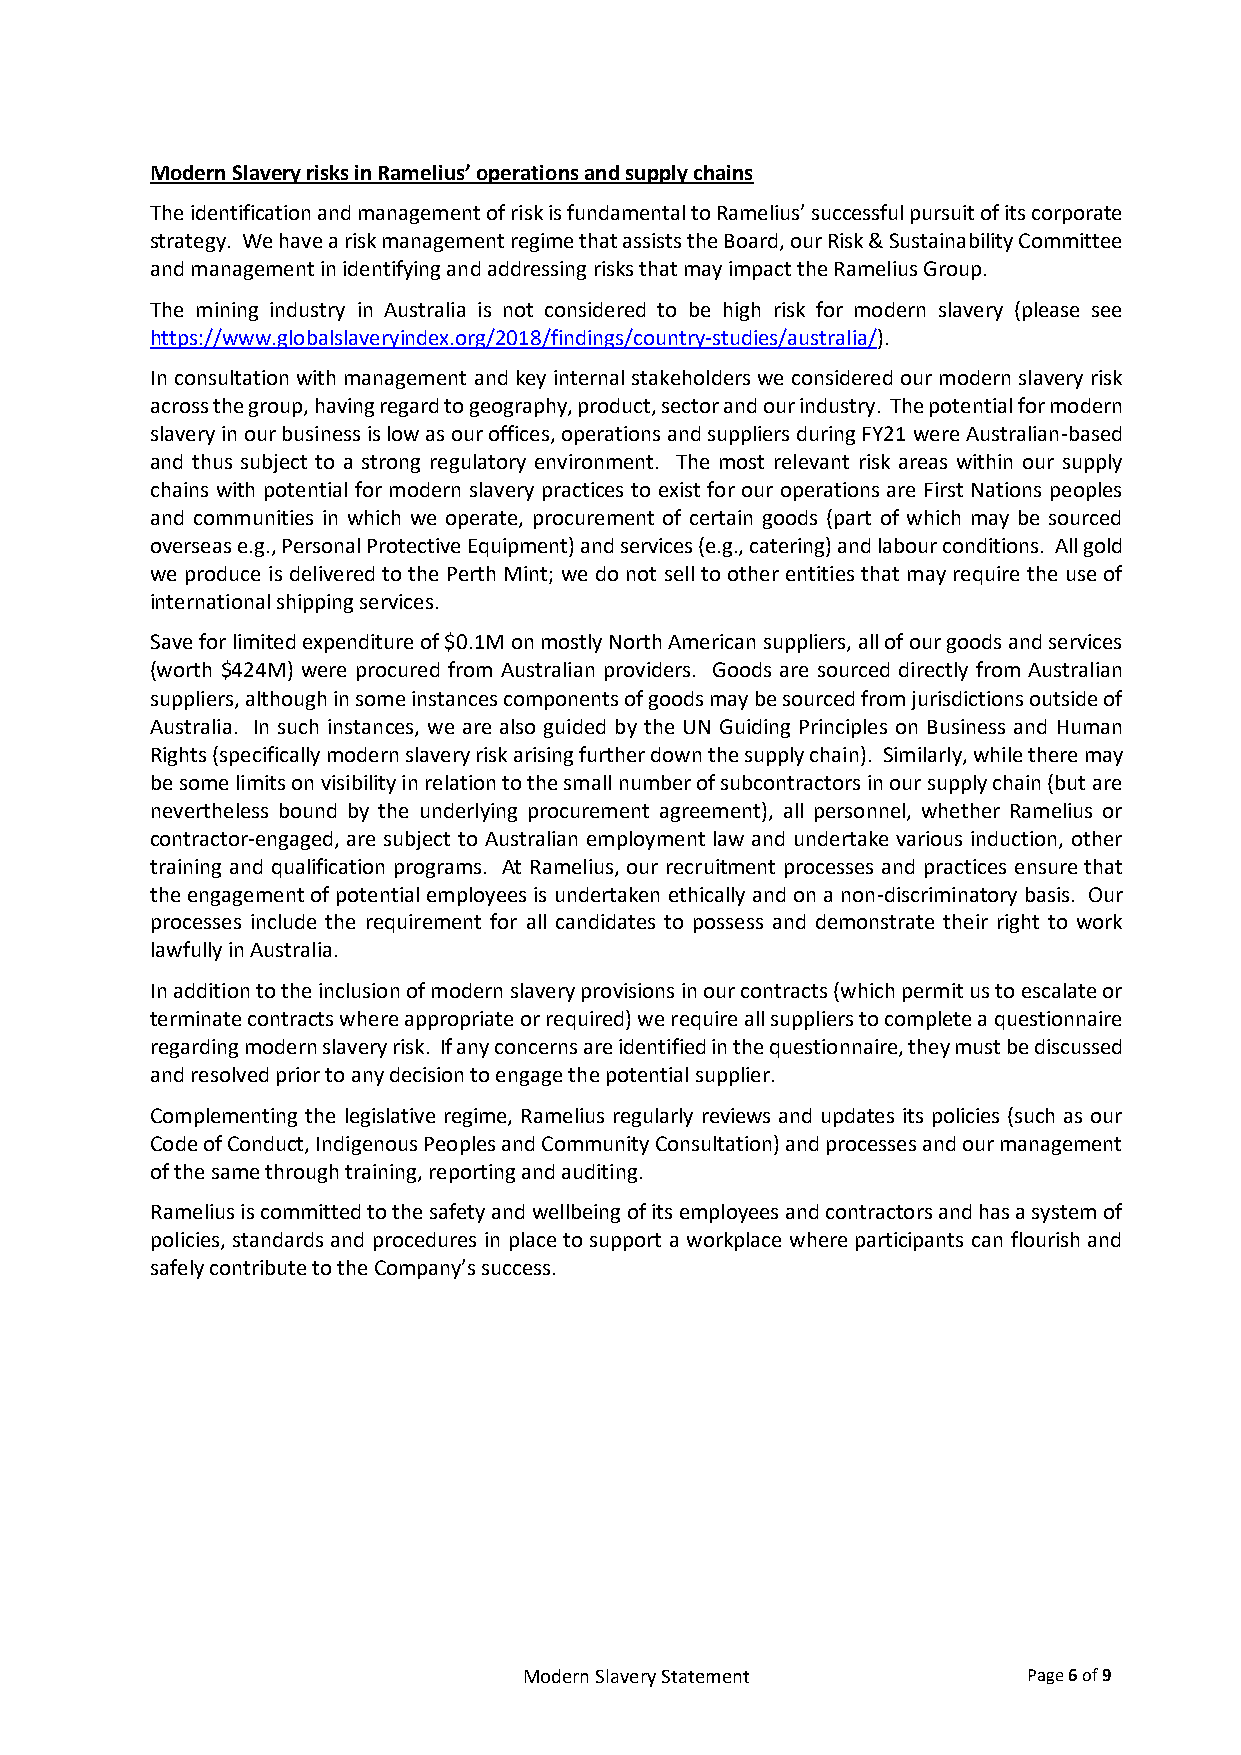
Modern Slavery risks in Ramelius’ operations and supply chains
 The identification and management of risk is fundamental to Ramelius’ successful pursuit of its corporate
 strategy. We have a risk management regime that assists the Board, our Risk & Sustainability Committee
 and management in identifying and addressing risks that may impact the Ramelius Group.
 The mining industry in Australia is not considered to be high risk for modern slavery (please see
 https://www.globalslaveryindex.org/2018/findings/country-studies/australia/).
 In consultation with management and key internal stakeholders we considered our modern slavery risk
 across the group, having regard to geography, product, sector and our industry. The potential for modern
 slavery in our business is low as our offices, operations and suppliers during FY21 were Australian-based
 and thus subject to a strong regulatory environment. The most relevant risk areas within our supply
 chains with potential for modern slavery practices to exist for our operations are First Nations peoples
 and communities in which we operate, procurement of certain goods (part of which may be sourced
 overseas e.g., Personal Protective Equipment) and services (e.g., catering) and labour conditions. All gold
 we produce is delivered to the Perth Mint; we do not sell to other entities that may require the use of
 international shipping services.
 Save for limited expenditure of $0.1M on mostly North American suppliers, all of our goods and services
 (worth $424M) were procured from Australian providers. Goods are sourced directly from Australian
 suppliers, although in some instances components of goods may be sourced from jurisdictions outside of
 Australia. In such instances, we are also guided by the UN Guiding Principles on Business and Human
 Rights (specifically modern slavery risk arising further down the supply chain). Similarly, while there may
 be some limits on visibility in relation to the small number of subcontractors in our supply chain (but are
 nevertheless bound by the underlying procurement agreement), all personnel, whether Ramelius or
 contractor-engaged, are subject to Australian employment law and undertake various induction, other
 training and qualification programs. At Ramelius, our recruitment processes and practices ensure that
 the engagement of potential employees is undertaken ethically and on a non-discriminatory basis. Our
 processes include the requirement for all candidates to possess and demonstrate their right to work
 lawfully in Australia.
 In addition to the inclusion of modern slavery provisions in our contracts (which permit us to escalate or
 terminate contracts where appropriate or required) we require all suppliers to complete a questionnaire
 regarding modern slavery risk. If any concerns are identified in the questionnaire, they must be discussed
 and resolved prior to any decision to engage the potential supplier.
 Complementing the legislative regime, Ramelius regularly reviews and updates its policies (such as our
 Code of Conduct, Indigenous Peoples and Community Consultation) and processes and our management
 of the same through training, reporting and auditing.
 Ramelius is committed to the safety and wellbeing of its employees and contractors and has a system of
 policies, standards and procedures in place to support a workplace where participants can flourish and
 safely contribute to the Company’s success.
 Modern Slavery Statement         Page 6 of 9